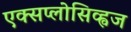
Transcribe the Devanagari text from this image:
एक्सप्लोसिव्ह्वज